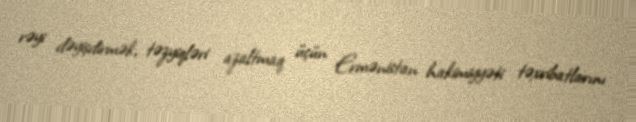
rəyi dəyişdirmək, təzyiqləri azaltmaq üçün Ermənistan hakimiyyəti təxribatlarını